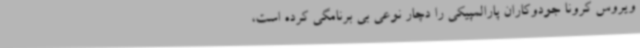
ویروس کرونا جودوکاران پارالمپیکی را دچار نوعی بی برنامگی کرده است،